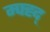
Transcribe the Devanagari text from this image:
म्फ्ह्द्